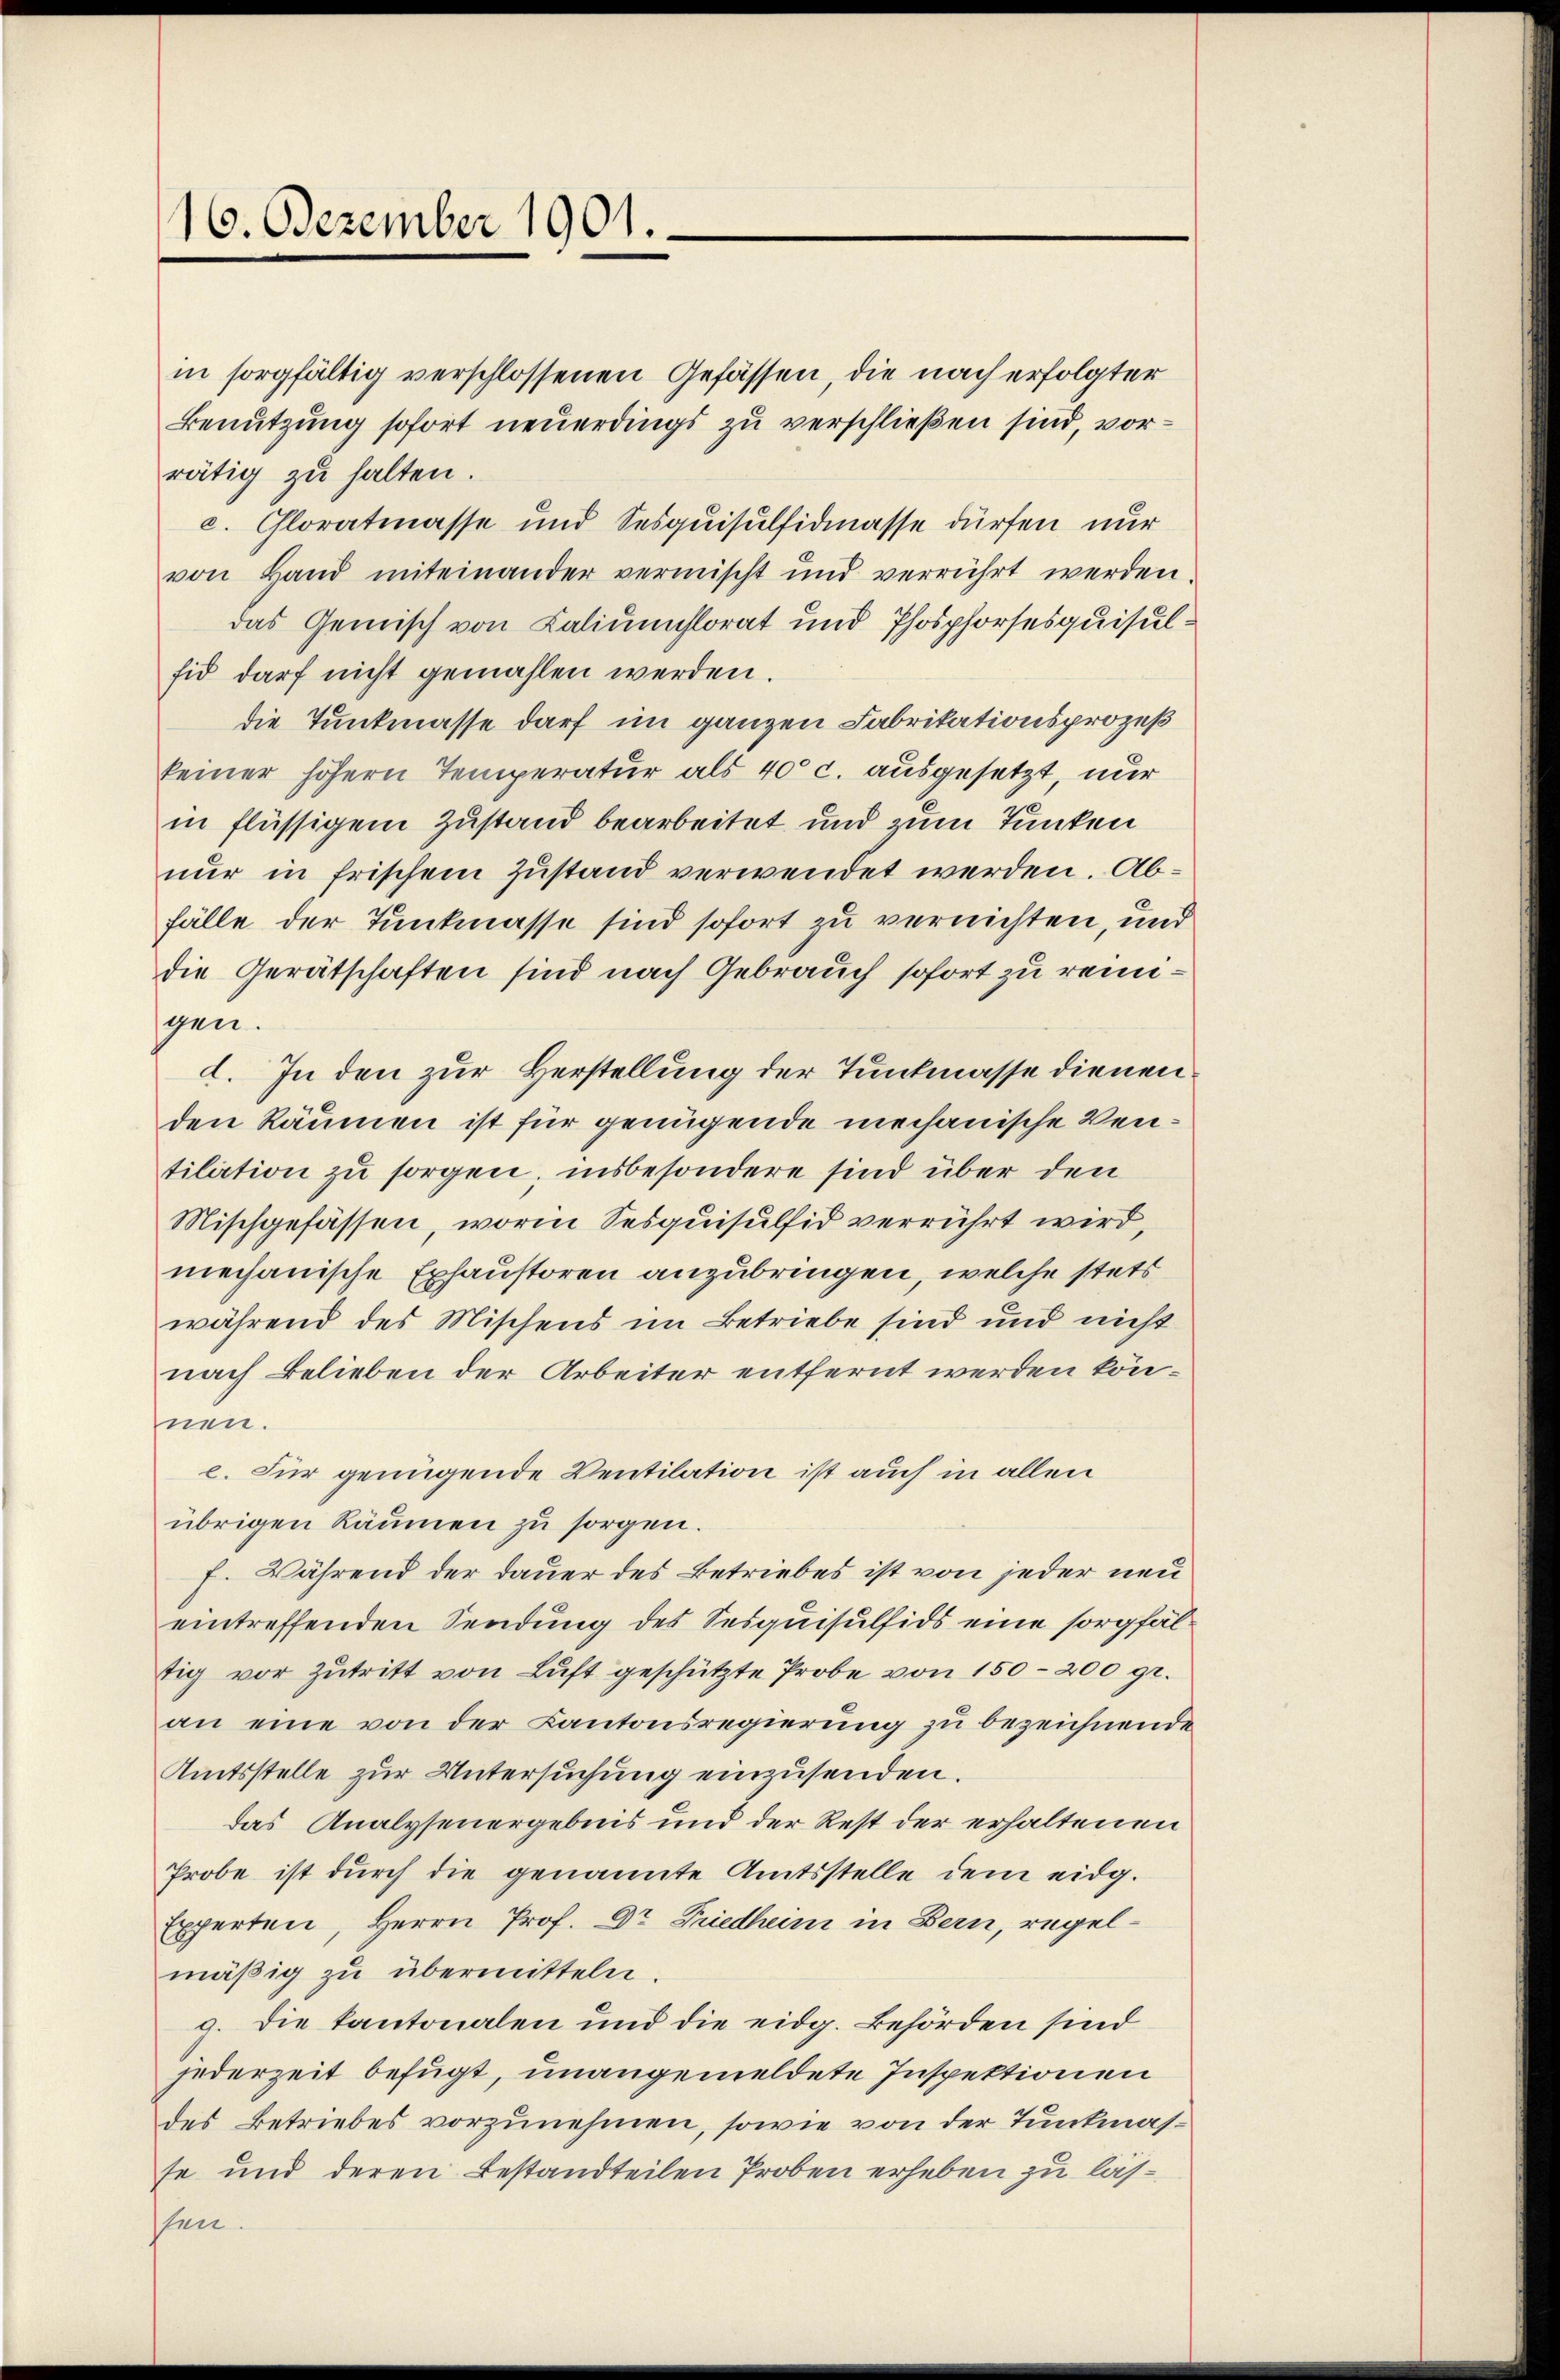
16. Dezember 1901.

in sorgfältig verschlossenen Gefässen, die nach erfolgter
Benutzung sofort neuerdings zu verschließen sind, vorrätig zu halten.
c. Chloratmasse und Sesquisulfidmasse dürfen nur
von Hand miteinander vermischt und verrührt werden.
das Gemisch von Laliumflorat und Phosphorsesquisulfid darf nicht gemahlen werden.
die Tunkmasse darf im ganzen Fabritationsprozeß
keiner höhern Temperatur als 400 c. ausgesetzt, nur
in flüssigem Zustand bearbeitet und zum Junken
nur in frischem Zustand verwendet werden. Abfälle der Tunkmasse sind sofort zu vernichten, und
die Gerätschaften sind nach Gebrauch sofort zu reinigen.
d. In den zur Herstellung der Tunkmasse dienen
den Räumen ist für genügende mechanische Vertilation zu sorgen; insbesondere sind über den
Mischgefässen, worin Sesquisulfid verrührt wird,
mechanische Exhaustoren anzubringen, welche stets
während des Mischens im Betriebe sind und nicht
nach Belieben der Arbeiter entfernt werden können.
e. Für genügende Ventilation ist auch in allen
übrigen Räumen zu sorgen.
F. Während der Dauer des Betriebes ist von jeder neu
eintreffenden Sendung des Sesquisulfids eine sorgfältig vor Zŭtritt von Luft geschützte Probe von 150-200 gr.
an eine von der Kantonsregierung zu bezeichnende
Amtsstelle zur Untersuchung einzusenden.
das Analyseuergebnis und der Rest der erhaltenen
Probe ist durch die genannte Amtsstelle dem eidg.
Experten, Herrn Prof. Dr. Friedheim in Bern, regelmäβig zŭ übermitteln.
g. die kantonalen und die eidg. Behörden sind
jederzeit befugt, unangemeldete Inspektionen
des Betriebes vorzunehmen, sowie von der Tunkmasse und deren Bestandteilen Proben erheben zu lässten.